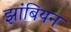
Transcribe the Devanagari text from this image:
झांबियन